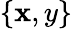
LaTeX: \{ \mathbf{x},y\}